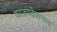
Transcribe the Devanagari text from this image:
फाउण्डेशनल